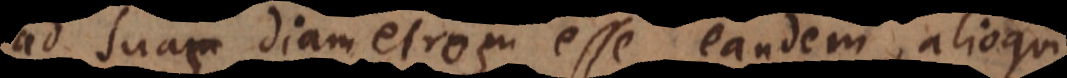
ad suas diametros esse eandem, alioqui